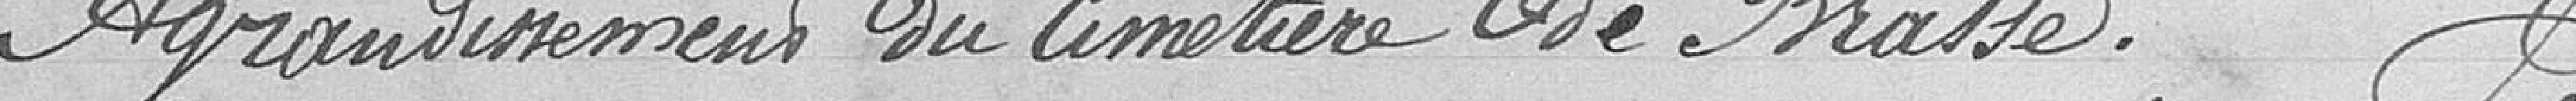
Agrandissement du cimetière de Brasse.